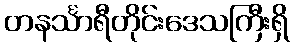
တနင်္သာရီတိုင်းဒေသကြီးရှိ